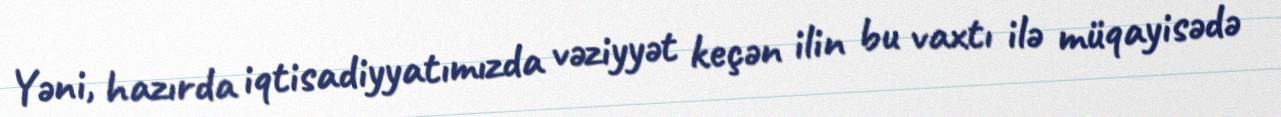
Yəni, hazırda iqtisadiyyatımızda vəziyyət keçən ilin bu vaxtı ilə müqayisədə